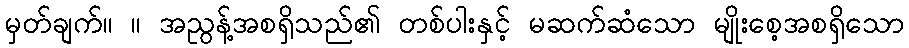
မှတ်ချက်။ ။ အညွန့်အစရှိသည်၏ တစ်ပါးနှင့် မဆက်ဆံသော မျိုးစေ့အစရှိသော